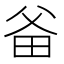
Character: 𤱇